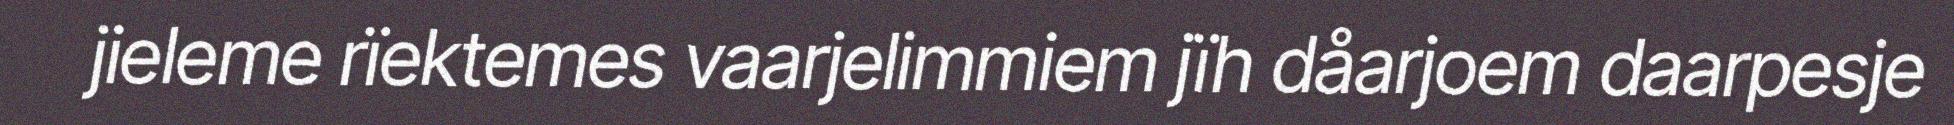
jieleme rïektemes vaarjelimmiem jïh dåarjoem daarpesje